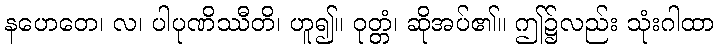
နဟေတေ၊ လ၊ ပါပုဏိဿီတိ၊ ဟူ၍။ ဝုတ္တံ၊ ဆိုအပ်၏။ ဤ၌လည်း သုံးဂါထာ